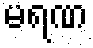
မရဏ